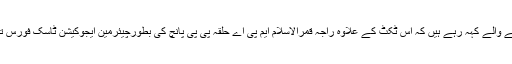
اندر کی خبر رکھنے والے کہہ رہے ہیں کہ اس ٹکٹ کے علاوہ راجہ قمرالاسلام ایم پی اے حلقہ پی پی پانچ کی بطورچیئرمین ایجوکیشن ٹاسک فورس تعیناتی بھی اہم ہے۔